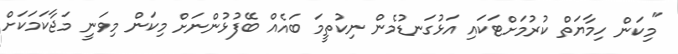
"މިކަން ހިމާޔަތް ކުރުމަށްޓަކައި އަޅުގަނޑުމެން ނިކުތީމަ ބައެއް ބޭފުޅުންނަށް މިކަން މިވަނީ މަޖާކަމަކަށް